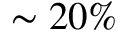
\sim 2 0 \%